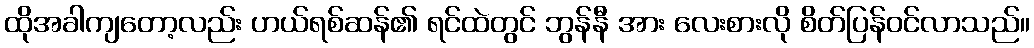
ထိုအခါကျတော့လည်း ဟယ်ရစ်ဆန်၏ ရင်ထဲတွင် ဘွန်နီ အား လေးစားလို စိတ်ပြန်ဝင်လာသည်။